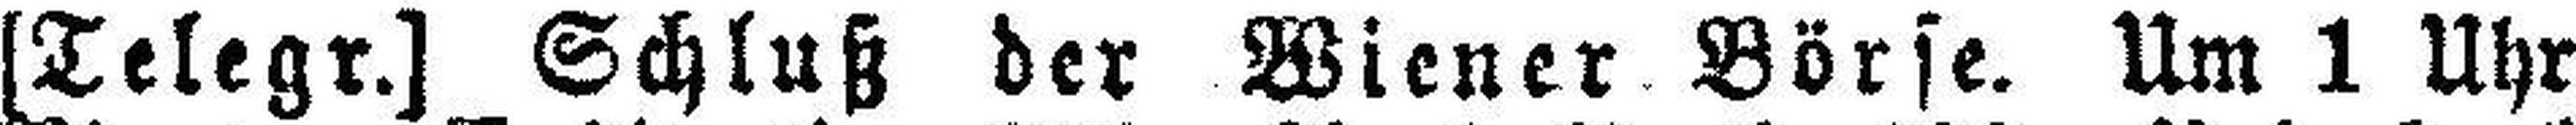
[Telegr.] Schluß der Wiener Börse. Um 1 Uhr